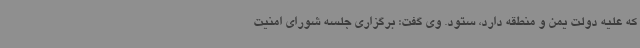
که علیه دولت یمن و منطقه دارد، ستود. وی گفت: برگزاری جلسه شورای امنیت